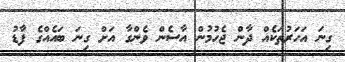
ގިނަ އަހަރުތަކެއް ދާން ޖެހުމުން އާސެން ވެންގާ އަށް ގިނަ ބައެއްގެ ފާޑު